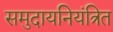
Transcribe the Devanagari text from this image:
समुदायनियंत्रित